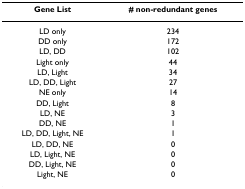
| Gene List | # non-redundant genes |
 | --- | --- |
 | LD only | 234 |
 | DD only | 172 |
 | LD, DD | 102 |
 | Light only | 44 |
 | LD, Light | 34 |
 | LD, DD, Light | 27 |
 | NE only | 14 |
 | DD, Light | 8 |
 | LD, NE | 3 |
 | DD, NE | 1 |
 | LD, DD, Light, NE | 1 |
 | LD, DD, NE | 0 |
 | LD, Light, NE | 0 |
 | DD, Light, NE | 0 |
 | Light, NE | 0 |